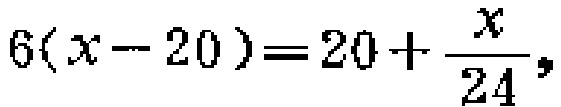
\(6(x - 20)=20+\frac{x}{24}\)